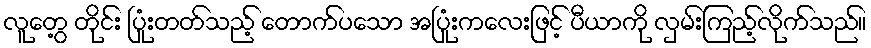
လူတွေ့ တိုင်း ပြုံးတတ်သည့် တောက်ပသော အပြုံးကလေးဖြင့် ပီယာကို လှမ်းကြည့်လိုက်သည်။